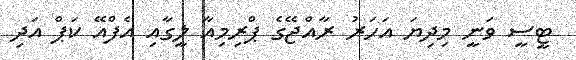
ޓީސީ ވަނީ މިދިޔަ އަހަރު ރާއްޖޭގެ ޕްރިމިއާ ލީގާއި އެފްއޭ ކަޕް އަދި